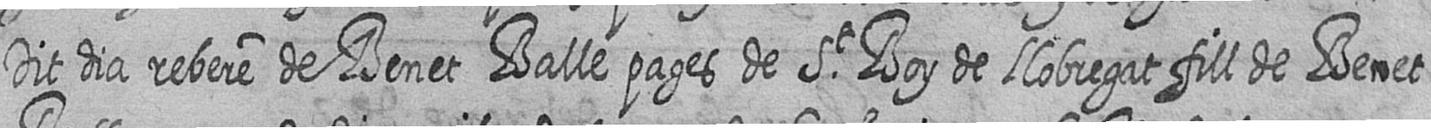
Dit dia rebere de Benet Balle pages de St Boy de Llobregat fill de Benet